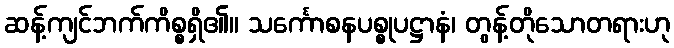
ဆန့်ကျင်ဘက်ကိစ္စရှိ၏။ သင်္ကောစနပစ္စုပဋ္ဌာနံ၊ တွန့်တိုသောတရားဟု